Leaving Certificate Examination, 1911
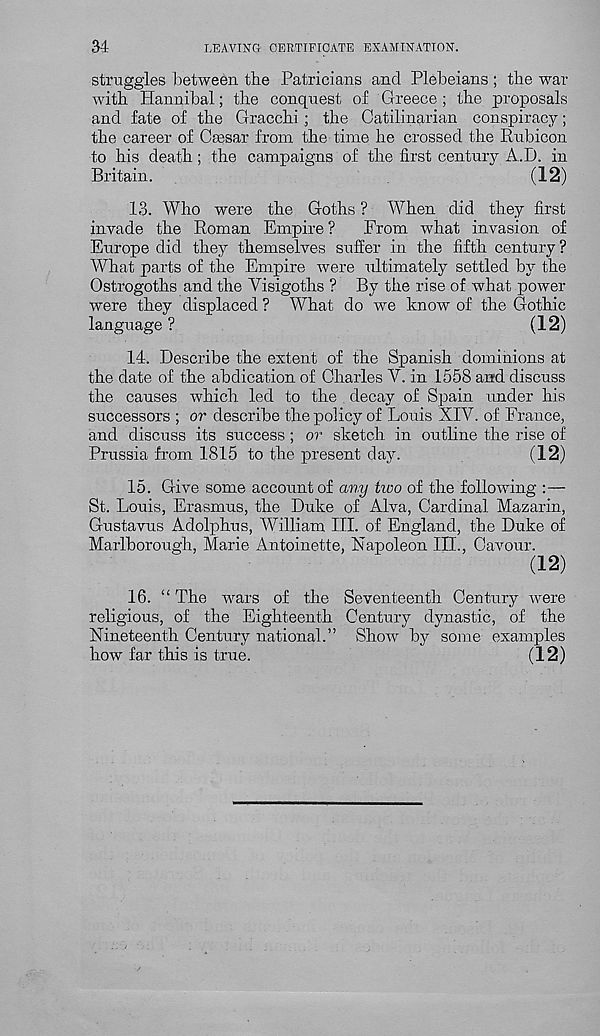
34
LEAVING CERTIFICATE EXAMINATION.
struggles between the Patricians and Plebeians ; the war
with. Hannibal; the conquest of Greece; the proposals
and fate of the Gracchi; the Catilinarian conspiracy;
the career of Cassar from the time he crossed the Rubicon
to his death; the campaigns of the first century A.D. in
Britain.
(12)
13. Who were the Goths ? When did they first
invade the Roman Empire ?
From what invasion of
Europe did they themselves suffer in the fifth century ?
AVhat parts of the Empire were ultimately settled by the
Ostrogoths and the Visigoths ? By the rise of what power
were they displaced ? What do we know of the Gothic
language ?
(12)
14. Describe the extent of the Spanish dominions at
the date of the abdication of Charles V. in 1558 and discuss
the causes which led to the decay of Spain under his
successors ; or describe the policy of Louis XIV. of France,
and discuss its success ; or sketch in outline the rise of
Prussia from 1815 to the present day.
(12)
15. Give some account of any two of the following :—
St. Louis, Erasmus, the Duke of Alva, Cardinal Mazarin,
Gustavus Adolphus, William III. of England, the Duke of
Marlborough, Marie Antoinette, Napoleon III., Cavour.
(12)
16. “ The wars of the Seventeenth Century were
religious, of the Eighteenth Century dynastic, of the
Nineteenth Century national.” Show by some examples
how far this is true.
(12)